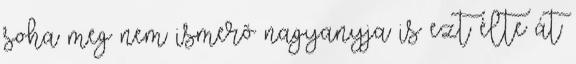
soha meg nem ismerõ nagyanyja is ezt élte át